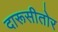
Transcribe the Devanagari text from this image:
दारूसीतोर